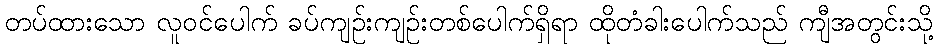
တပ်ထားသော လူဝင်ပေါက် ခပ်ကျဉ်းကျဉ်းတစ်ပေါက်ရှိရာ ထိုတံခါးပေါက်သည် ကျီအတွင်းသို့